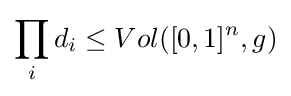
\prod _{i}d_{i}\leq Vol([0,1]^{n},g)